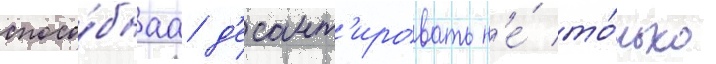
спосо́бнаа д'есант'ировать н'е́ то́лько